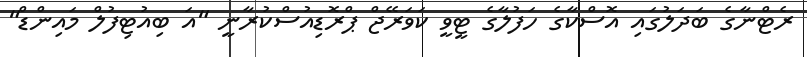
ރެޓްނާގެ ބަދަލުގައި އޮސްކާގެ ހަފުލާގެ ޓީވީ ކަވަރޭޖް ޕްރޮޑިއުސްކުރާނީ "އަ ބިއުޓިފުލް މައިންޑް"